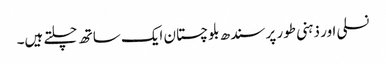
نسلی اور ذہنی طور پر سندھ بلوچستان ایک ساتھ چلتے ہیں۔